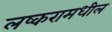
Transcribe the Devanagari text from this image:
लष्करामधील